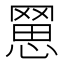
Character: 𦋮